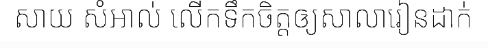
សាយ សំអាល់ លើកទឹកចិត្តឲ្យសាលារៀនដាក់